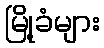
မြို့ခံများ